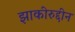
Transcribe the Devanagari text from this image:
झाकीरुद्दीन